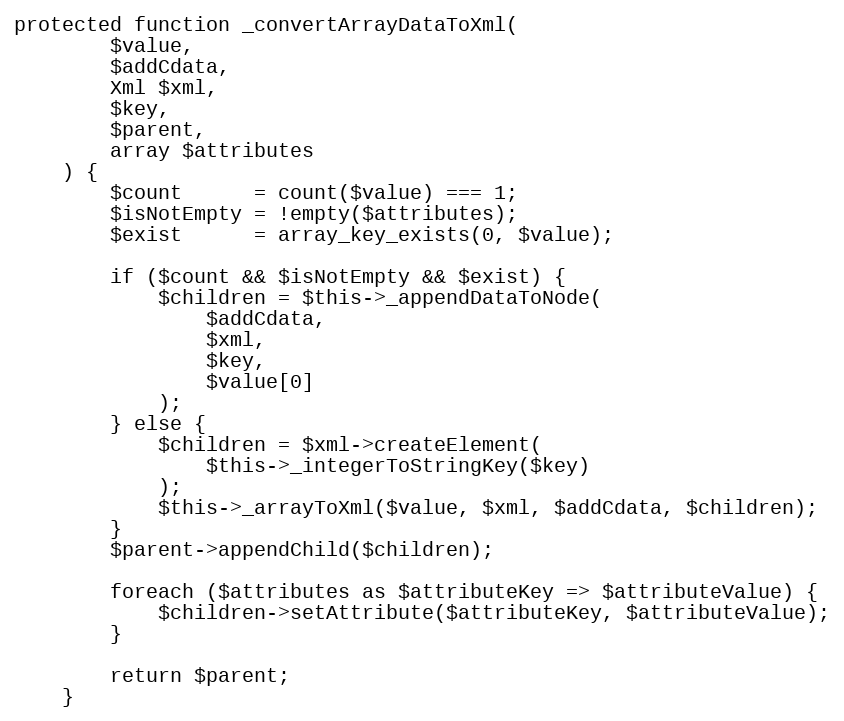
Language: PHP
protected function _convertArrayDataToXml(
        $value,
        $addCdata,
        Xml $xml,
        $key,
        $parent,
        array $attributes
    ) {
        $count      = count($value) === 1;
        $isNotEmpty = !empty($attributes);
        $exist      = array_key_exists(0, $value);

        if ($count && $isNotEmpty && $exist) {
            $children = $this->_appendDataToNode(
                $addCdata,
                $xml,
                $key,
                $value[0]
            );
        } else {
            $children = $xml->createElement(
                $this->_integerToStringKey($key)
            );
            $this->_arrayToXml($value, $xml, $addCdata, $children);
        }
        $parent->appendChild($children);

        foreach ($attributes as $attributeKey => $attributeValue) {
            $children->setAttribute($attributeKey, $attributeValue);
        }

        return $parent;
    }